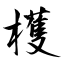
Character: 檴